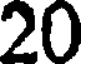
20